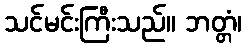
သင်မင်းကြီးသည်။ ဘတ္တံ၊